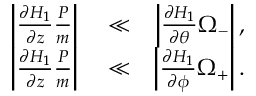
\begin{array} { r l r } { \left| \frac { \partial H _ { 1 } } { \partial z } \frac { P } { m } \right| } & { { } \ll } & { \left| \frac { \partial H _ { 1 } } { \partial \theta } \Omega _ { - } \right| , } \\ { \left| \frac { \partial H _ { 1 } } { \partial z } \frac { P } { m } \right| } & { { } \ll } & { \left| \frac { \partial H _ { 1 } } { \partial \phi } \Omega _ { + } \right| . } \end{array}